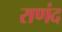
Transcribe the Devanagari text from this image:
राणंद